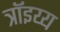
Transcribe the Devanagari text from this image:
त्रॉइय्य